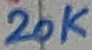
Text: 20K